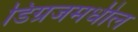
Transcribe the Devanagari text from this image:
डिग्रजमधील